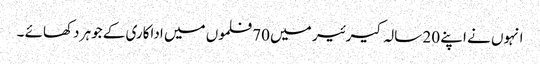
انہوں نے اپنے 20 سالہ کیرئیر میں 70 فلموں میں اداکاری کے جوہر دکھائے ۔